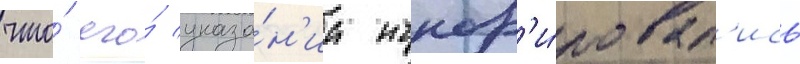
что́ его́ указа́н'иа игнор'и́ровал'ись